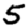
Digit: 5